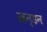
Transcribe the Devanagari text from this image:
खन्डन